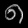
Digit: ၈